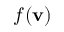
f ( \mathbf { v } )